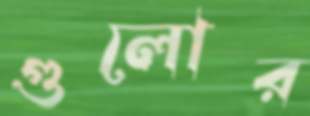
গুলোর